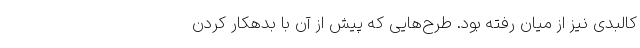
کالبدی نیز از میان رفته بود. طرح‌هایی که پیش از آن با بدهکار کردن